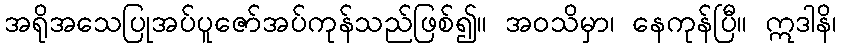
အရိုအသေပြုအပ်ပူဇော်အပ်ကုန်သည်ဖြစ်၍။ အဝသိမှာ၊ နေကုန်ပြီ။ ဣဒါနိ၊